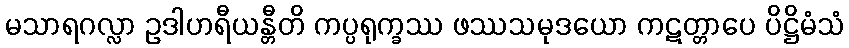
မသာရဂလ္လာ ဥဒါဟရီယန္တီတိ ကပ္ပရုက္ခဿ ဖဿသမုဒယော ကဋတ္တာပေ ပိဋ္ဌိမံသံ